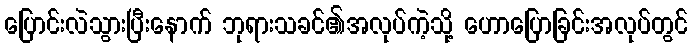
ပြောင်းလဲသွားပြီးနောက် ဘုရားသခင်၏အလုပ်ကဲ့သို့ ဟောပြောခြင်းအလုပ်တွင်